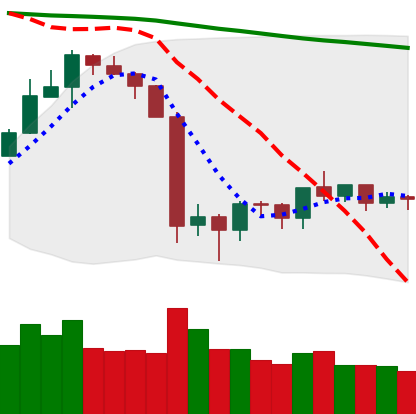
Ticker: ETH-USD
Chart end date: 2019-10-05
Forward return: 8.681%
Label: up_7plus